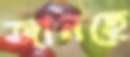
জানছে